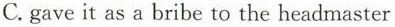
C.gave it as a bribe to the headmaster